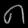
Digit: ၈